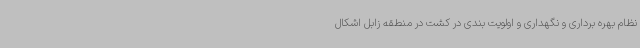
نظام بهره برداری و نگهداری و اولویت بندی در کشت در منطقه زابل اشکال